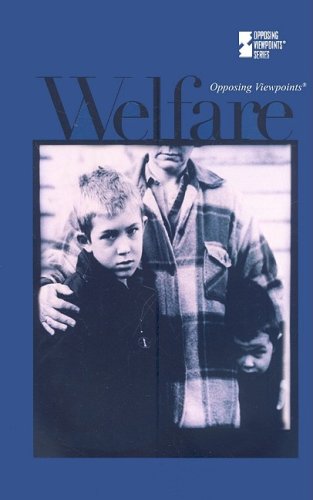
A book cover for Welfare (Opposing Viewpoints); David M. Haugen; Teen & Young Adult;